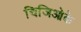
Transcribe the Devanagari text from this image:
चिजिओके